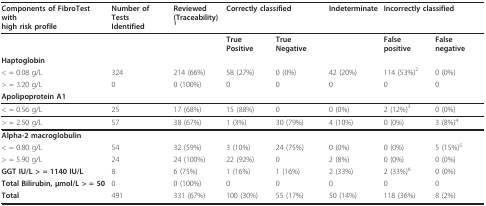
<table><thead><tr><td><b>Components of FibroTest with high risk profile</b></td><td><b>Number of Tests Identified</b></td><td><b>Reviewed (Traceability)<sup>1</sup></b></td><td colspan="2"><b>Correctly classified</b></td><td><b>Indeterminate</b></td><td colspan="2"><b>Incorrectly classified</b></td></tr></thead><tbody><tr><td></td><td></td><td></td><td><b>True Positive</b></td><td><b>True Negative</b></td><td></td><td><b>False positive</b></td><td><b>False negative</b></td></tr><tr><td><b>Haptoglobin</b></td><td></td><td></td><td></td><td></td><td></td><td></td><td></td></tr><tr><td>&lt; = 0.08 g/L</td><td>324</td><td>214 (66%)</td><td>58 (27%)</td><td>0 (0%)</td><td>42 (20%)</td><td>114 (53%)<sup>2</sup></td><td>0 (0%)</td></tr><tr><td>&gt; = 3.20 g/L</td><td>0</td><td>0 (100%)</td><td>0</td><td>0</td><td>0</td><td>0</td><td>0</td></tr><tr><td><b>Apolipoprotein A1</b></td><td></td><td></td><td></td><td></td><td></td><td></td><td></td></tr><tr><td>&lt; = 0.56 g/L</td><td>25</td><td>17 (68%)</td><td>15 (88%)</td><td>0</td><td>0 (0%)</td><td>2 (12%)<sup>3</sup></td><td>0 (0%)</td></tr><tr><td>&gt; = 2.50 g/L</td><td>57</td><td>38 (67%)</td><td>1 (3%)</td><td>30 (79%)</td><td>4 (10%)</td><td>0 (0%)</td><td>3 (8%)<sup>4</sup></td></tr><tr><td><b>Alpha-2 macroglobulin</b></td><td></td><td></td><td></td><td></td><td></td><td></td><td></td></tr><tr><td>&lt; = 0.80 g/L</td><td>54</td><td>32 (59%)</td><td>3 (10%)</td><td>24 (75%)</td><td>0 (0%)</td><td>0 (0%)</td><td>5 (15%)<sup>5</sup></td></tr><tr><td>&gt; = 5.90 g/L</td><td>24</td><td>24 (100%)</td><td>22 (92%)</td><td>0</td><td>2 (8%)</td><td>0 (0%)</td><td>0 (0%)</td></tr><tr><td><b>GGT IU/L &gt; = 1140 IU/L</b></td><td>8</td><td>6 (75%)</td><td>1 (16%)</td><td>1 (16%)</td><td>2 (33%)</td><td>2 (33%)<sup>6</sup></td><td>0 (0%)</td></tr><tr><td><b>Total Bilirubin, μmol/L &gt; = 50</b></td><td>0</td><td>0 (100%)</td><td>0</td><td>0</td><td>0</td><td>0</td><td>0</td></tr><tr><td><b>Total</b></td><td>491</td><td>331 (67%)</td><td>100 (30%)</td><td>55 (17%)</td><td>50 (14%)</td><td>118 (36%)</td><td>8 (2%)</td></tr></tbody></table>